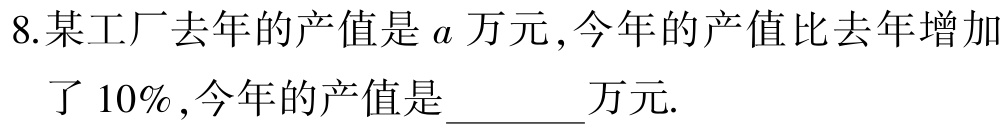
8.某工厂去年的产值是\(a\)万元,今年的产值比去年增加了\(10\%\),今年的产值是______万元.